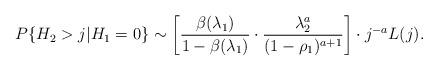
LaTeX: \begin{align*}P\{H_2>j|H_1=0\}\sim \left[\frac {\beta(\lambda_1)} {1-\beta(\lambda_1)}\cdot \frac {\lambda_2^{a}} {(1-\rho_1)^{a+1}}\right] \cdot j^{-a}L(j).\end{align*}